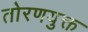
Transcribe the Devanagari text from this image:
तोरणयुक्त